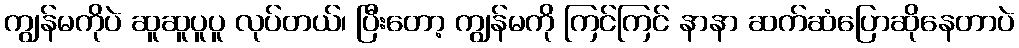
ကျွန်မကိုပဲ ဆူဆူပူပူ လုပ်တယ်၊ ပြီးတော့ ကျွန်မကို ကြင်ကြင် နာနာ ဆက်ဆံပြောဆိုနေတာပဲ